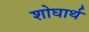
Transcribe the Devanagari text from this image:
शोघार्थ